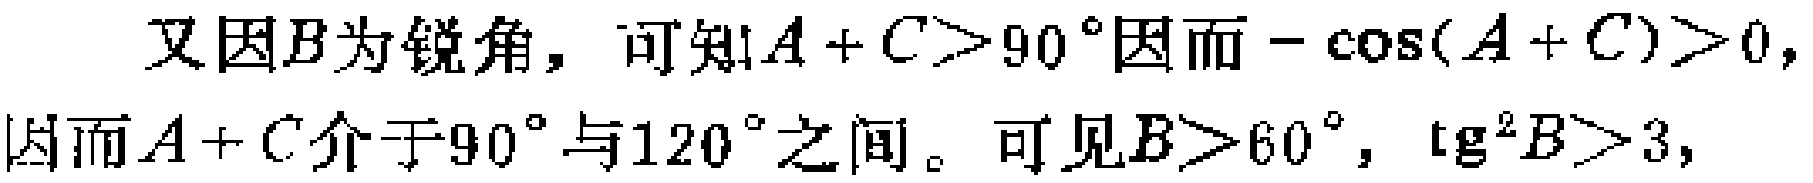
又因\(B\)为锐角，可知\(A + C>90^{\circ}\)因而\(-\cos(A + C)>0\)，因而\(A + C\)介于\(90^{\circ}\)与\(120^{\circ}\)之间。可见\(B>60^{\circ}\)，\(\text{tg}^{2}B>3\)，